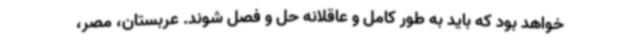
خواهد بود که باید به طور کامل و عاقلانه حل و فصل شوند. عربستان، مصر،